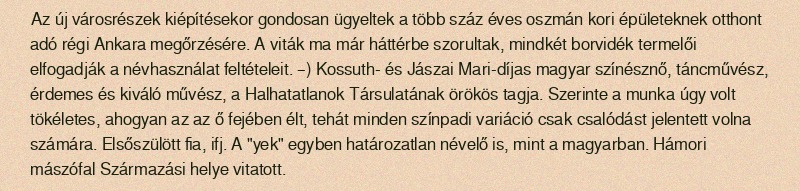
Az új városrészek kiépítésekor gondosan ügyeltek a több száz éves oszmán kori épületeknek otthont adó régi Ankara megőrzésére. A viták ma már háttérbe szorultak, mindkét borvidék termelői elfogadják a névhasználat feltételeit. –) Kossuth- és Jászai Mari-díjas magyar színésznő, táncművész, érdemes és kiváló művész, a Halhatatlanok Társulatának örökös tagja. Szerinte a munka úgy volt tökéletes, ahogyan az az ő fejében élt, tehát minden színpadi variáció csak csalódást jelentett volna számára. Elsőszülött fia, ifj. A "yek" egyben határozatlan névelő is, mint a magyarban. Hámori mászófal Származási helye vitatott.